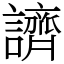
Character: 䜞